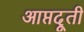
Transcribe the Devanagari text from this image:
आप्तदूती